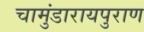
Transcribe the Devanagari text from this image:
चामुंडारायपुराण